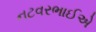
નટવરભાઈએ